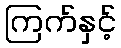
ကြက်နှင့်